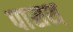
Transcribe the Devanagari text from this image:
पासश्